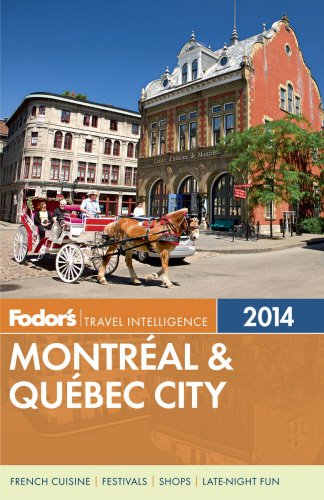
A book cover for Fodor's Montreal & Quebec City 2014 (Full-color Travel Guide); Fodor's; Travel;